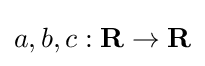
a,b,c:\mathbf {R} \to \mathbf {R}